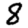
Digit: 8